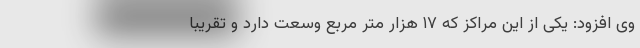
وی افزود: یکی از این مراکز که ۱۷ هزار متر مربع وسعت دارد و تقریبا